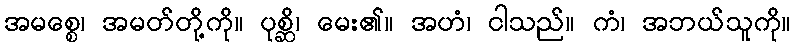
အမစ္စေ၊ အမတ်တို့ကို။ ပုစ္ဆိ၊ မေး၏။ အဟံ၊ ငါသည်။ ကံ၊ အဘယ်သူကို။